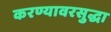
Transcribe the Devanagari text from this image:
करण्यावरसुद्धा